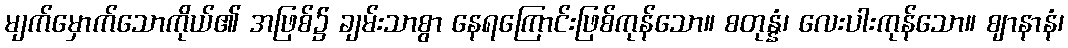
မျက်မှောက်သောကိုယ်၏ အဖြစ်၌ ချမ်းသာစွာ နေရကြောင်းဖြစ်ကုန်သော။ စတုန္နံ၊ လေးပါးကုန်သော။ ဈာနာနံ၊